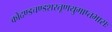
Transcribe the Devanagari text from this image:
कोदण्डचण्डशरतूणयुगाप्तभासः